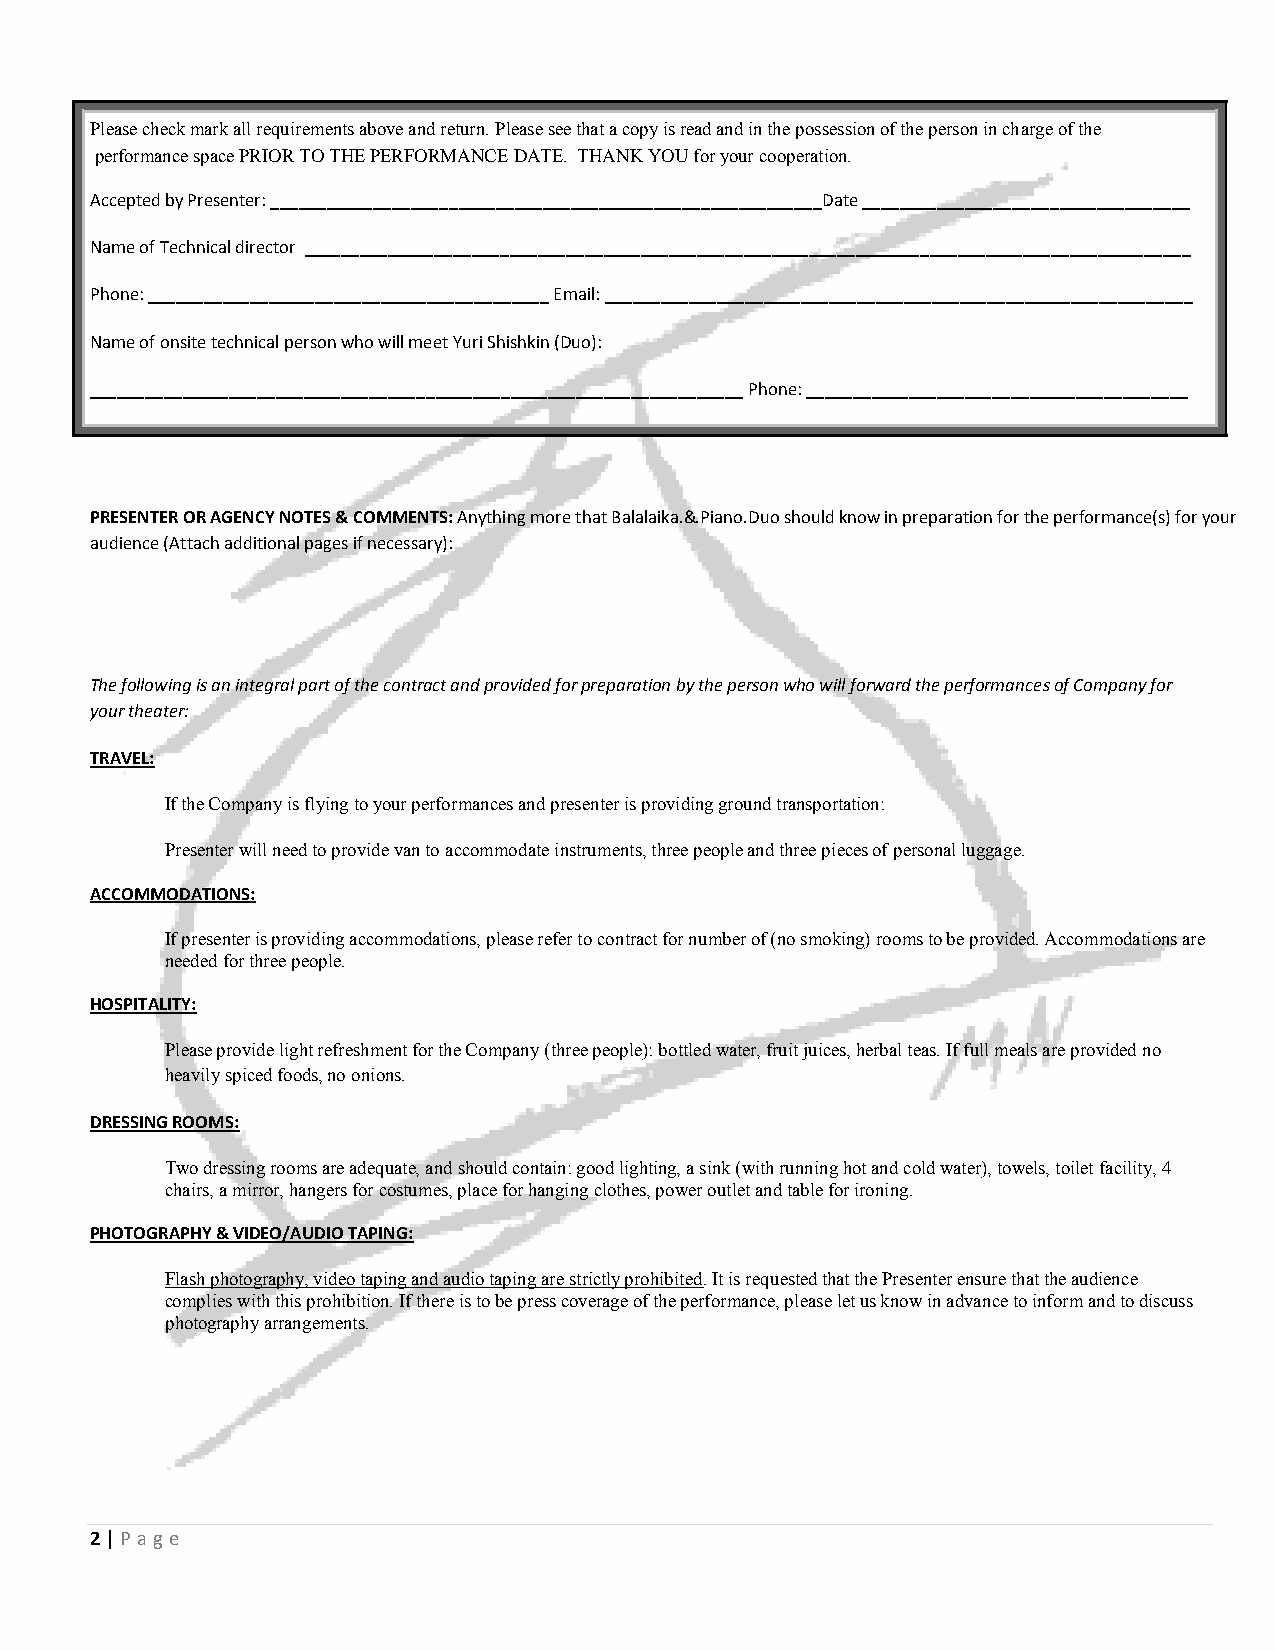
Please check mark all requirements above and return. Please see that a copy is read and in the possession of the person in charge of the
 performance space PRIOR TO THE PERFORMANCE DATE. THANK YOU for your cooperation.
 Accepted by Presenter: ___________________________________________________________Date ___________________________________
 Name of Technical director _______________________________________________________________________________________________
 Phone: ___________________________________________ Email: _______________________________________________________________
 Name of onsite technical person who will meet Yuri Shishkin (Duo):
 ______________________________________________________________________ Phone: _________________________________________
 PRESENTER OR AGENCY NOTES & COMMENTS: Anything more that Balalaika.&.Piano.Duo should know in preparation for the performance(s) for your
 audience (Attach additional pages if necessary):
 The following is an integral part of the contract and provided for preparation by the person who will forward the performances of Company for
 your theater:
 TRAVEL:
 If the Company is flying to your performances and presenter is providing ground transportation:
 Presenter will need to provide van to accommodate instruments, three people and three pieces of personal luggage.
 ACCOMMODATIONS:
 If presenter is providing accommodations, please refer to contract for number of (no smoking) rooms to be provided. Accommodations are
 needed for three people.
 HOSPITALITY:
 Please provide light refreshment for the Company (three people): bottled water, fruit juices, herbal teas. If full meals are provided no
 heavily spiced foods, no onions.
 DRESSING ROOMS:
 Two dressing rooms are adequate, and should contain: good lighting, a sink (with running hot and cold water), towels, toilet facility, 4
 chairs, a mirror, hangers for costumes, place for hanging clothes, power outlet and table for ironing.
 PHOTOGRAPHY & VIDEO/AUDIO TAPING:
 Flash photography, video taping and audio taping are strictly prohibited. It is requested that the Presenter ensure that the audience
 complies with this prohibition. If there is to be press coverage of the performance, please let us know in advance to inform and to discuss
 photography arrangements.
 2 | P ag e